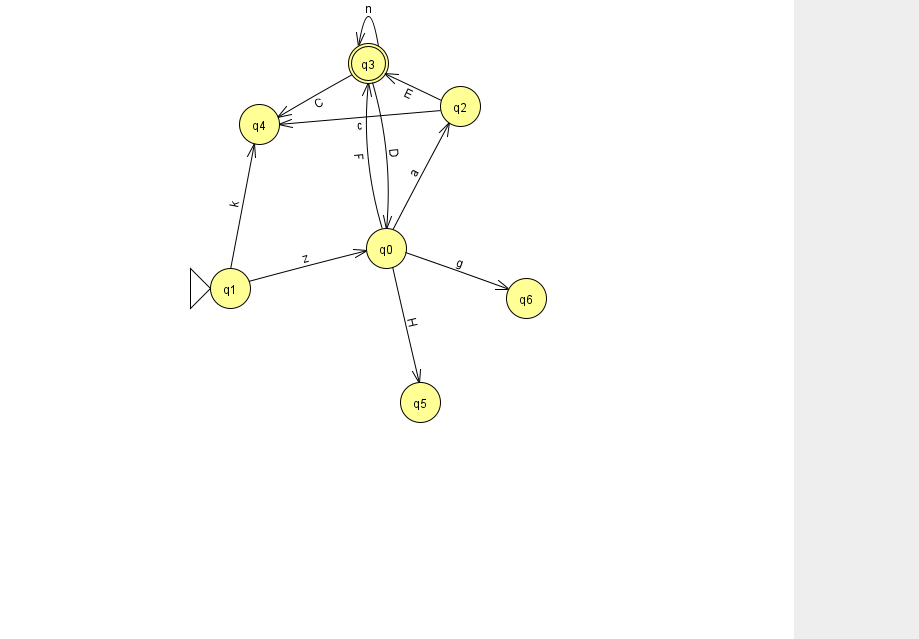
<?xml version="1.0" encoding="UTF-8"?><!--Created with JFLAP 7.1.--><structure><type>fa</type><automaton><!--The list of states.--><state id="0" name="q0"><x>386.0</x><y>235.0</y></state><state id="1" name="q1"><x>230.0</x><y>275.0</y><initial/></state><state id="2" name="q2"><x>460.0</x><y>93.0</y></state><state id="3" name="q3"><x>368.0</x><y>50.0</y><final/></state><state id="4" name="q4"><x>259.0</x><y>111.0</y></state><state id="5" name="q5"><x>420.0</x><y>389.0</y></state><state id="6" name="q6"><x>526.0</x><y>285.0</y></state><!--The list of transitions.--><transition><from>2</from><to>4</to><read>c</read></transition><transition><from>1</from><to>0</to><read>z</read></transition><transition><from>3</from><to>0</to><read>D</read></transition><transition><from>0</from><to>3</to><read>F</read></transition><transition><from>0</from><to>6</to><read>g</read></transition><transition><from>3</from><to>4</to><read>C</read></transition><transition><from>0</from><to>2</to><read>a</read></transition><transition><from>1</from><to>4</to><read>k</read></transition><transition><from>0</from><to>5</to><read>H</read></transition><transition><from>2</from><to>3</to><read>E</read></transition><transition><from>3</from><to>3</to><read>n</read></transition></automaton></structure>